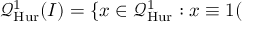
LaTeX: { \mathcal { Q } } _ { \mathrm { H u r } } ^ { 1 } ( I ) = \{ x \in { \mathcal { Q } } _ { \mathrm { H u r } } ^ { 1 } : x \equiv 1 (